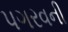
પગરવની